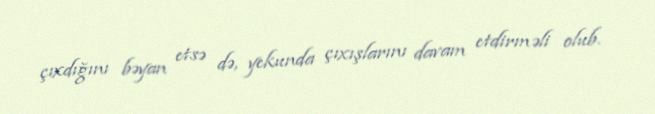
çıxdığını bəyan etsə də, yekunda çıxışlarını davam etdirməli olub.